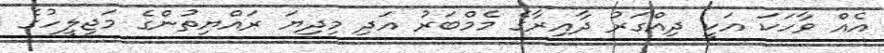
އެއް ވާހަކަ އަކީ ދިއްގަރު ދާއިރާގެ މެމްބަރު އަދި މިދިޔަ ރައްޔިތުންގެ މަޖިލީހުގެ